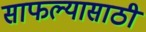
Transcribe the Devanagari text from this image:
साफल्यासाठी